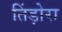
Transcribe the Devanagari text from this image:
तिंड़ोरा